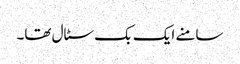
سامنے ایک بک سٹال تھا۔